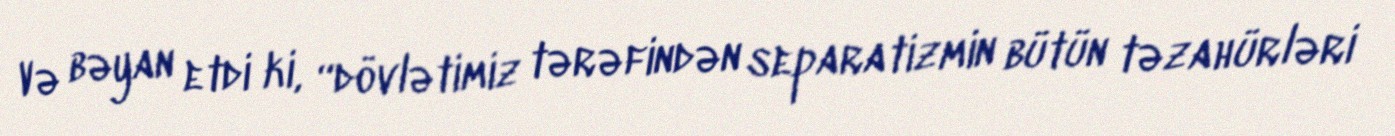
Və bəyan etdi ki, “dövlətimiz tərəfindən separatizmin bütün təzahürləri